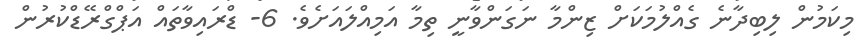
މިކަމުން ލިބިދާނެ ގެއްލުމަކަށް ޒިންމާ ނަގަންވާނީ ތިމާ އަމިއްލައަށެވެ. 6- ޑްރައިވާތައް އަޕްގްރޭޑްކުރުން